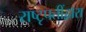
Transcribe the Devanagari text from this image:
राष्टृपतींद्वारा